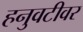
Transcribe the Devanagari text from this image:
हनुवटीवर